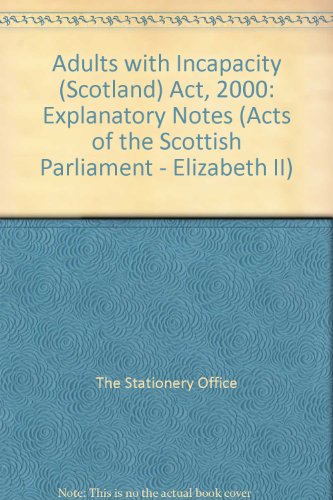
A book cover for Adults with Incapacity (Scotland) Act, 2000: Explanatory Notes (Acts of the Scottish Parliament - Elizabeth II); The Stationery Office; Law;